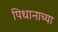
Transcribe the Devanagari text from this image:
पिधानाच्या